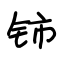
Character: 铈